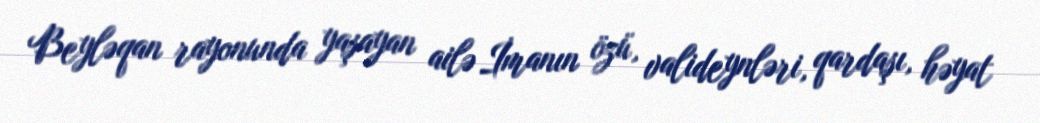
Beyləqan rayonunda yaşayan ailə İmanın özü, valideynləri, qardaşı, həyat